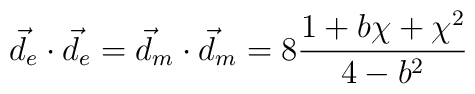
\vec{d}_e \cdot \vec{d}_e = \vec{d}_m \cdot \vec{d}_m =  8 \frac{1 + b \chi + \chi^2}{4 - b^2}